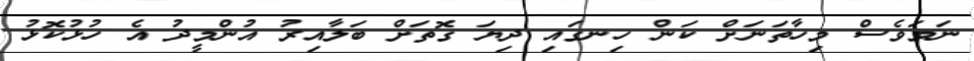
ނަމަވެސް މިހާތަނަށް ކަން ހިނގައި ދިޔަ ގޮތަށް ބަލާއިރު އުންމީދު އެ ހުޅުކޮޅު